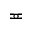
\eqcirc